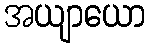
အယျာယော